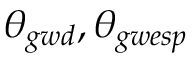
\theta _ { g w d } , \theta _ { g w e s p }